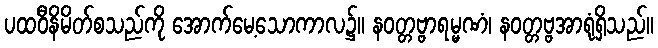
ပထဝီနိမိတ်စသည်ကို အောက်မေ့သောကာလ၌။ နဝတ္တဗ္ဗာရမ္မဏံ၊ နဝတ္တဗ္ဗအာရုံရှိသည်။